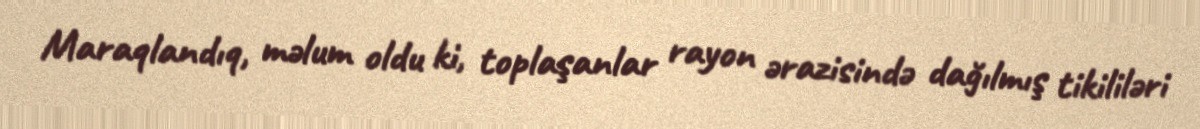
Maraqlandıq, məlum oldu ki, toplaşanlar rayon ərazisində dağılmış tikililəri